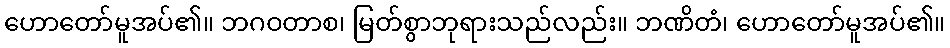
ဟောတော်မူအပ်၏။ ဘဂဝတာစ၊ မြတ်စွာဘုရားသည်လည်း။ ဘဏိတံ၊ ဟောတော်မူအပ်၏။